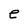
Character: e